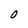
Character: 0